Cholera in India, 1862 to 1881
Year: 1862
Disease focus: Cholera
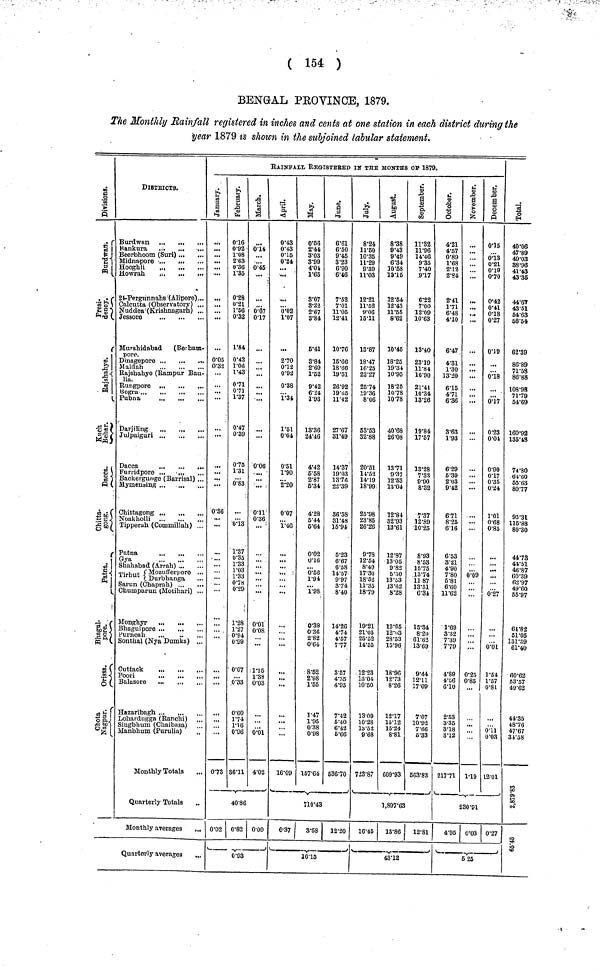
( 154 )
BENGAL PROVINCE, 1879.
The Monthly Rainfall registered in inches and cents at one station in each district during the
year 1879 is shown in the subjoined tabular statement.
Division.
Burdwan.
Presi. dency.
Rajshahye.
Kuch Behar.
Dacca.
Chitta. gong.
Patna.
Bhagul. pore.
Orissa.
Chota
Nagpur.
DISTRICTS.
Beerbhoom (Suri)
Howrah
,
24-Pergunnahs ( Alipore) . . .
Calcutta (Observatory) ...
Nuddea (Krishnagarh) ...
Jessore
Murshidabad
(Berham-
pore.
Maldah
...
...
Rajshahye (Rampur Baulia.
Rungpore
Bogra
Pubna
...
Darjiling
Julpaiguri
Backergunge (Barrisal) ...
Mymensing .,
Chittagong
Noakholli
Tipperah (Commillah) ...
Patna
Gya
Shahabad (Arrah)
Mozufferpore ..
Tirhut
Durbhanga
Sarun (Chaprah)
Cbumparun (Motihari) ..
Monghyr
...
Bhagulpore
Sonthal (Nya Dumka)
Cuttack
Poori
Balasore
Hazaribagh
Lohardugga (Ranchi) ..
Singbhum (Chaibasa)
Manbhum (Purulia)
Monthly Totals
Quarterly Totals
Monthly averages
Quarterly averages
RAINFALl REGISTERED IN THE MONTHS OF 1879.
January.
...
...
0·32
...
0·36
...
...
...
07
February.
0·16
0·92
1·08
2·63
0·36
1·35
0·28
0·21
1·56
0·32
1·84
0·42
1·06
1·43
0·71
0·71
0·47
0·75
1·31
0·83
...
0·13
1·37
0·35
1·03
1·33
078
0·29
1·28
1·27
0'94
0·09
0·07
0·33
0·60
1·74
1·16
0·96
36·11
March.
0·14
0·45
0·07
0·17
0·06
...
0·11
0·36
..
0·01
0·08
1·15
1·33
0·03
0·01
4·02
40·86
0·02 0·82 0 09
0·93
April.
0·43
0·43
0·15
0·24
0·02
1·07
...
270
0·12
0·92
0·38
1·34
1·51
0·64
0·51
1·90
2·20
0·07
1·46
...
...
.
...
...
16·09
May.
0·56
2·44
3·03
3·99
4·04
1·65
3·07
3·22
2·67
3·84
5·41
8·84
2·69
1·52
9·42
6·24
1·93
13·36
24·46
4·42
5·58
2·87
5·34
4·28
5·44
5·64
0·02
0·16
0·56
1·94
1·98
0·38
0·36
2·82
0·64
8·52
2·98
1·55
1·47
1·95
0·38
0·98
157·64
June.
6·61
6·50
9·45
3·23
6·90
6·46
7·52
7·01
11·05
12·41
10·76
15·66
18·66
19·51
26·92
19·65
11·42
27·67
31·49
14·37
19·03
1376
22·39
36·58
31·48
15·94
5·23
6·67
6·58
14·57
9·97
3·74
8·40
14·26
4·74
4·57
777
3·57
4·35
4·95
7·42
5·40
0·42
5·66
536·70
710·43
0·37
3·58
12·20
16·15
July.
8·24
11·50
10·35
11·29
9·39
11·03
12·21
11·52
9·06
15·11
13·87
18·47
16·25
22·27
25·74
19·36
8·06
53·53
32·88
20·51
14·52
14·19
18·99
25·98
25·98
26·26
9·78
12·54
8·49
17·30
18·52
11·35
1879
19·21
21·05
25·52
14·55
12·23
13·04
10·50
13·09
10·28
13·52
9·68
723·87
August.
8·38
8·43
9·49
6·34
10·58
10·15
12·54
12·43
11·55
8·62
10·45
18·25
19·34
10·95
18·25
1078
1078
40·68
26·08
1371
9·37
12·53
13·04
12·84
32·93
13·61
12·87
13·05
9·82
5·30
13·53
13·62
8·28
12·65
12·03
28·53
15·96
18·96
12·73
8·26
12·17
15·12
15·24
8·81
609·93
September.
11·32
11·96
14·46
9·35
7·40
9·17
6·22
7·00
12·09
10·63
13·40
23·19
11·84
16·90
21·41
10·34
13·26
19·84
17·57
13·28
7·33
9·90
8·32
7·37
12·59
10·25
8·93
8·53
1575
13·74
11 87
13·51
6·34
15·34
8·20
61·62
13·69
9·44
12·11
17·09
7·07
10·92
7·66
5·33
563·83
1,897·63
16·45
13·86
12·81
43·12
October.
4·21
4·57
0·89
1·68
2·12
2·84
2·41
171
6·48
4·10
6·47
4·31
1·30
13·20
6·15
4·71
6·36
3·63
1·93
6·29
5·39
2·03
9·42
6·71
8·25
6·16
6·53
3-21
4·90
7·80
5·81
6·00
11·62
1·69
3·32
7·39
7·79
4·89
4·56
6·10
2·53
3·35
3·18
8·12
217·71
November.
...
...
... ...
...
...
0·09
0·25
0·85
1·19
December.
0·15
0·13
0·21
0·19
0·70
0·42
0·41
0·18
0·27
0·19
0'18
0·17
0·23
0·04
0·90
0·17
0·35
0·24
1·01
0·68
0·85
0·27
0·01
1·54
1·57
0·8l
0·11
0·03
12·01
230·91
4·95 0·03 0·27
5 25
Total.
40·06
47·89
49·03
38·96
41·43
43·35
44·67
43·51
54·63
56·54
62·39
86·89
71·58
86·88
108·08
71·79
54·69
160·92
135·48
74·80
64·60
55·63
80·77
95·31
115·88
80·30
44·73
44·51
46·87
60·39
62·97
49·60
55·97
64·82
51·05
131·39
61·40
60·62
53·57
49·62
44·35
48·76
47·67
31·58
2,879,83
65·45